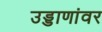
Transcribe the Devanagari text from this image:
उड्डाणांवर